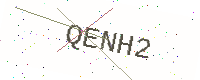
Text: QENH2